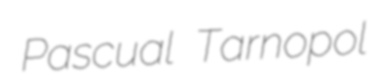
Pascual Tarnopol